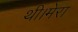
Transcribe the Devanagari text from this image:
थी।मेरा